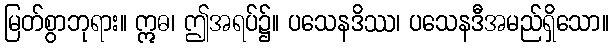
မြတ်စွာဘုရား။ ဣဓ၊ ဤအရပ်၌။ ပသေနဒိဿ၊ ပသေနဒီအမည်ရှိသော။